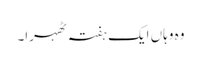
وہ وہاں ایک ہفتہ ٹھہرا۔